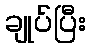
ချုပ်ပြီး